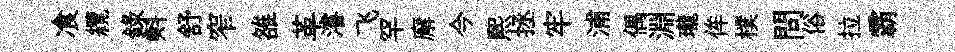
飡纜錄㪺舒窄雒革濬飞罕廨今熙拯牢浦偶淵瓏侔樸問俗拉霸